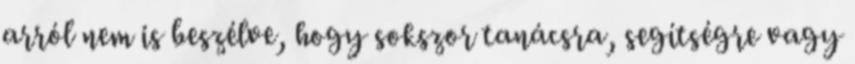
arról nem is beszélve, hogy sokszor tanácsra, segítségre vagy